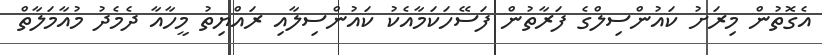
އެގޮތުން މިރަށު ކައުންސިލްގެ ފަރާތުން ފަސޭހަކަމާއެކު ކައުންސިލާއި ރައްޔިތު މީހާއާ ދެމެދު މުއާމަލާތް